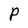
Character: P